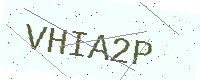
Text: VHIA2P